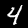
Digit: 4